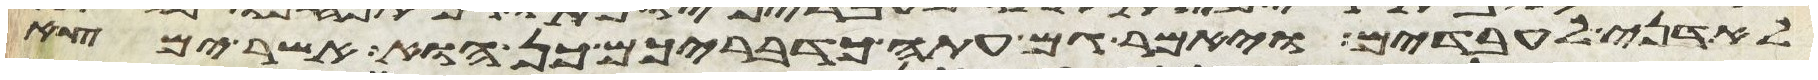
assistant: לאדני לעבדים ויאמר גם עתה כדבריכם כן הוא אשר ימצא